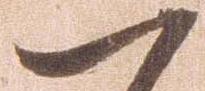
一